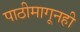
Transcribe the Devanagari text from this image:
पाठीमागूनही